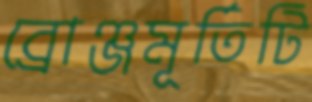
ব্রোঞ্জমূর্তিটি